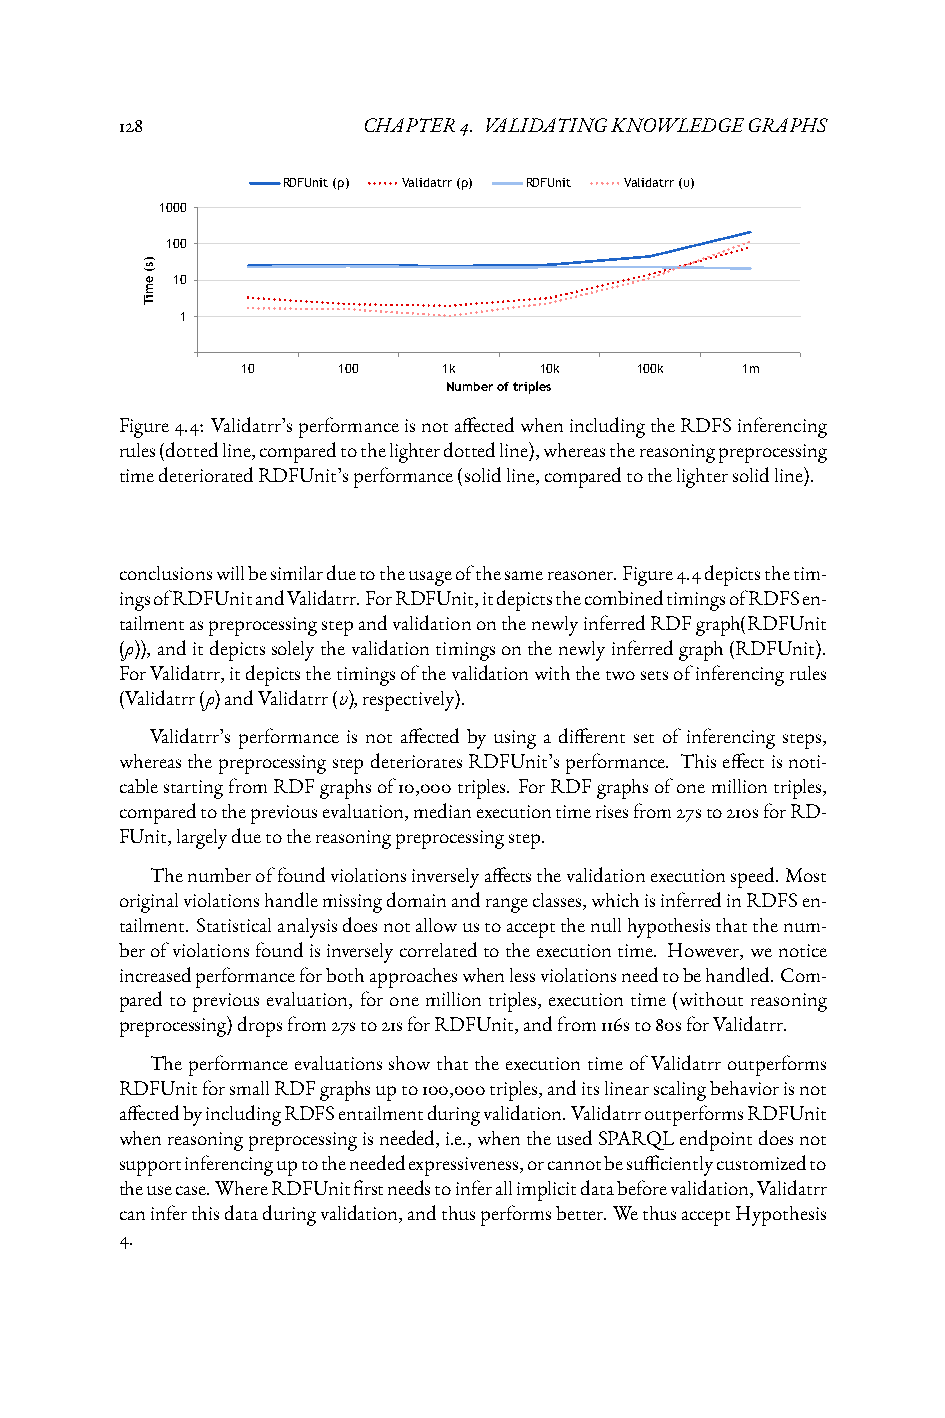
128             CHAPTER4. VALIDATINGKNOWLEDGEGRAPHS
 RDFUnit (ρ) Validatrr (ρ) RDFUnit Validatrr (υ)
 1000
 100
 )s(
 e 10
 m
 iT
 1
 10    100    1k     10k   100k   1m
 Number of triples
 Figure4.4: Validatrr’sperformanceisnotaffectedwhenincludingtheRDFSinferencing
 rules(dottedline,comparedtothelighterdottedline),whereasthereasoningpreprocessing
 timedeterioratedRDFUnit’sperformance(solidline,comparedtothelightersolidline).
 conclusionswillbesimilarduetotheusageofthesamereasoner.Figure4.4depictsthetim-
 ingsofRDFUnitandValidatrr.ForRDFUnit,itdepictsthecombinedtimingsofRDFSen-
 tailmentaspreprocessingstepandvalidationonthenewlyinferredRDFgraph(RDFUnit
 (ρ)),anditdepictssolelythevalidationtimingsonthenewlyinferredgraph(RDFUnit).
 ForValidatrr,itdepictsthetimingsofthevalidationwiththetwosetsofinferencingrules
 (Validatrr(ρ)andValidatrr(υ),respectively).
 Validatrr’s performance is not affected by using a different set of inferencing steps,
 whereasthepreprocessingstepdeterioratesRDFUnit’sperformance. Thiseffectisnoti-
 cablestartingfromRDFgraphsof10,000triples. ForRDFgraphsofonemilliontriples,
 comparedtothepreviousevaluation,medianexecutiontimerisesfrom27sto210sforRD-
 FUnit,largelyduetothereasoningpreprocessingstep.
 Thenumberoffoundviolationsinverselyaffectsthevalidationexecutionspeed.Most
 originalviolationshandlemissingdomainandrangeclasses,whichisinferredinRDFSen-
 tailment. Statisticalanalysisdoesnotallowustoacceptthenullhypothesisthatthenum-
 berofviolationsfoundisinverselycorrelatedtotheexecutiontime. However,wenotice
 increasedperformanceforbothapproacheswhenlessviolationsneedtobehandled.Com-
 paredtopreviousevaluation, foronemilliontriples, executiontime(withoutreasoning
 preprocessing)dropsfrom27sto21sforRDFUnit,andfrom116sto80sforValidatrr.
 TheperformanceevaluationsshowthattheexecutiontimeofValidatrroutperforms
 RDFUnitforsmallRDFgraphsupto100,000triples,anditslinearscalingbehaviorisnot
 affectedbyincludingRDFSentailmentduringvalidation.ValidatrroutperformsRDFUnit
 whenreasoningpreprocessingisneeded,i.e.,whentheusedSPARQLendpointdoesnot
 supportinferencinguptotheneededexpressiveness,orcannotbesufficientlycustomizedto
 theusecase.WhereRDFUnitfirstneedstoinferallimplicitdatabeforevalidation,Validatrr
 caninferthisdataduringvalidation,andthusperformsbetter.WethusacceptHypothesis
 4.